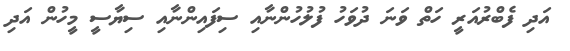
އަދި ފެބްރުއަރީ ހަތް ވަނަ ދުވަހު ފުލުހުންނާއި ސިފައިންނާއި ސިޔާސީ މީހުން އަދި